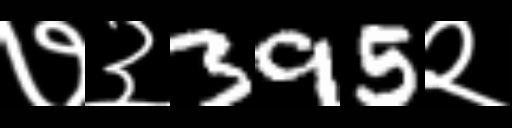
Text: ७३395२